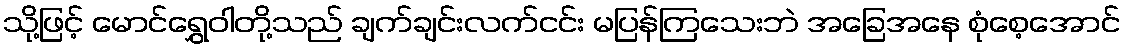
သို့ဖြင့် မောင်ရွှေဝါတို့သည် ချက်ချင်းလက်ငင်း မပြန်ကြသေးဘဲ အခြေအနေ စုံစေ့အောင်